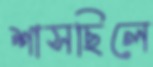
শাসছিলে